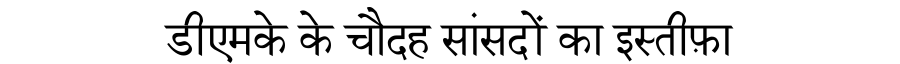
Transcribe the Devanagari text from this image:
डीएमके के चौदह सांसदों का इस्तीफ़ा